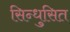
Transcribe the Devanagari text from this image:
सिन्धुसित